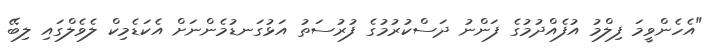
"އެހެންވީމަ ފިލްމު އުފެއްދުމުގެ ފަންނު ދަސްކުރުމުގެ ފުރުސަތު އަޅުގަނޑުމެންނަށް އެކަޑެމިކް ލެވެލްގައި ލިބޭ